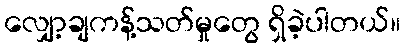
လျှော့ချကန့်သတ်မှုတွေ ရှိခဲ့ပါတယ်။